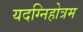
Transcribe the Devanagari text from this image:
यदग्निहोत्रम